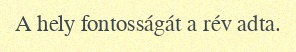
A hely fontosságát a rév adta.